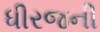
ધીરજની